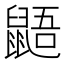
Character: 鼯